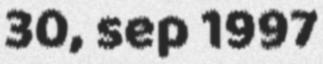
30, sep 1997